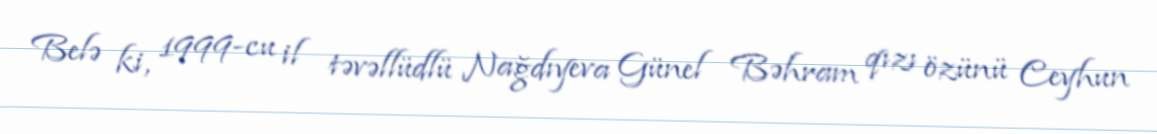
Belə ki, 1999-cu il təvəllüdlü Nağdıyeva Günel Bəhram qızı özünü Ceyhun